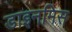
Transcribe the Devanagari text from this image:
डाइनमिस